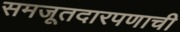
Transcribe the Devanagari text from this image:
समजूतदारपणाची